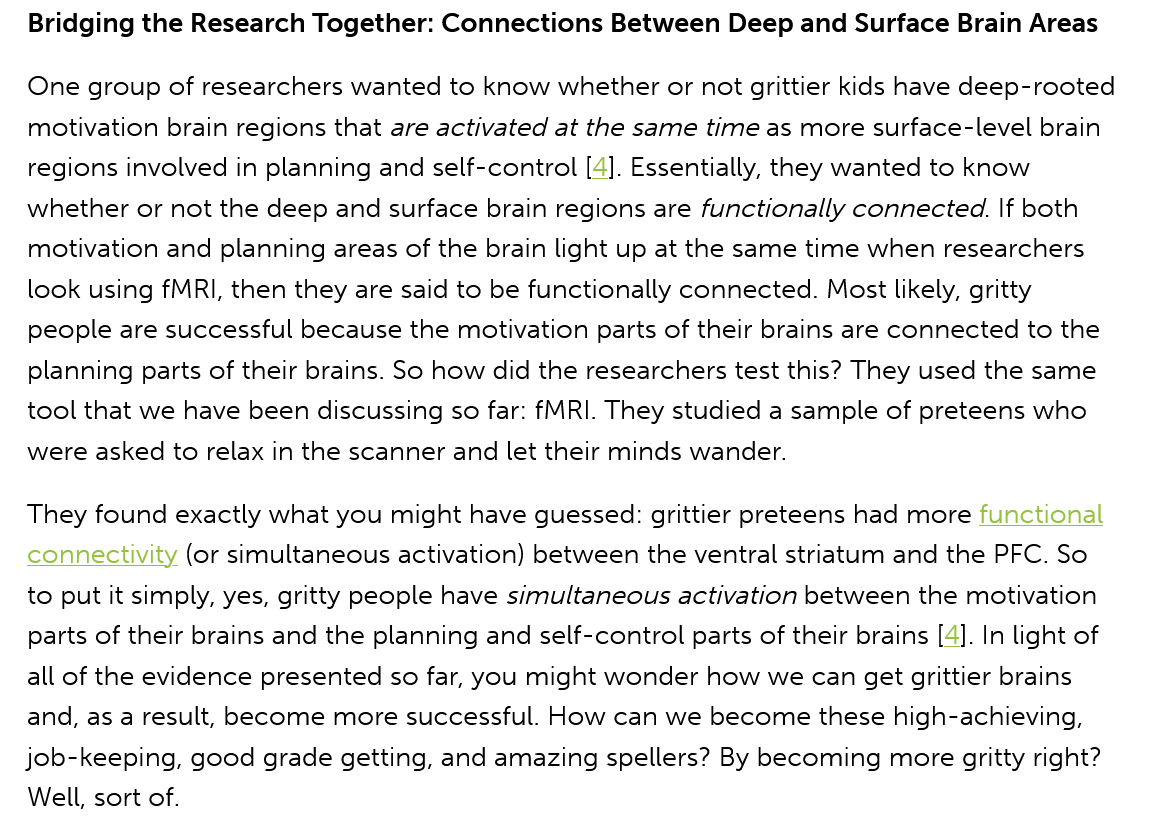
Bridging the Research Together: Connections Between Deep and Surface Brain Areas
   One group of researchers wanted to know whether or not grittier kids have deep-rooted
   motivation brain regions that are activated at the same time as more surface-level brain
   regions involved in planning and self-control [4]. Essentially, they wanted to know
   whether or not the deep and surface brain regions are functionally connected. |f both
   motivation and planning areas of the brain light up at the same time when researchers
   look using fMRI, then they are said to be functionally connected. Most likely, gritty
   people are successful because the motivation parts of their brains are connected to the
   planning parts of their brains. So how did the researchers test this? They used the same
   tool that we have been discussing so far: fMRI. They studied a sample of preteens who
   were asked to relax in the scanner and let their minds wander.
  They found exactly what you might have guessed: grittier preteens had more functional
   connectivity (or simultaneous activation) between the ventral striatum and the PFC. So
   to put it simply, yes, gritty people have simultaneous activation between the motivation
   parts of their brains and the planning and self-control parts of their brains [4]. In light of
   all of the evidence presented so far, you might wonder how we can get grittier brains
   and, as a result, become more successful. How can we become these high-achieving,
  job-keeping, good grade getting, and amazing spellers? By becoming more gritty right?
   Well, sort of.